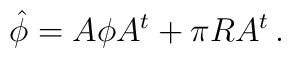
\hat \phi = A\phi A^{t} + \pi RA^{t} \, .